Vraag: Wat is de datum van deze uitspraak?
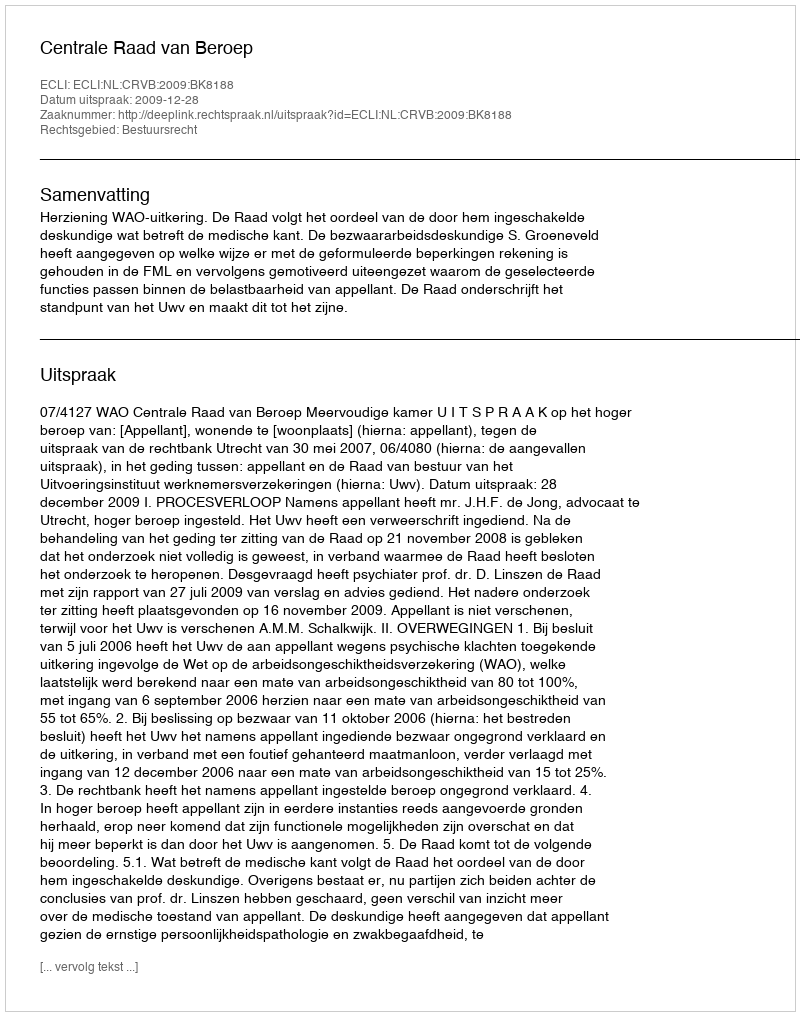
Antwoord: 2009-12-28